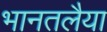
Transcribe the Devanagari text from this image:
भानतलैया